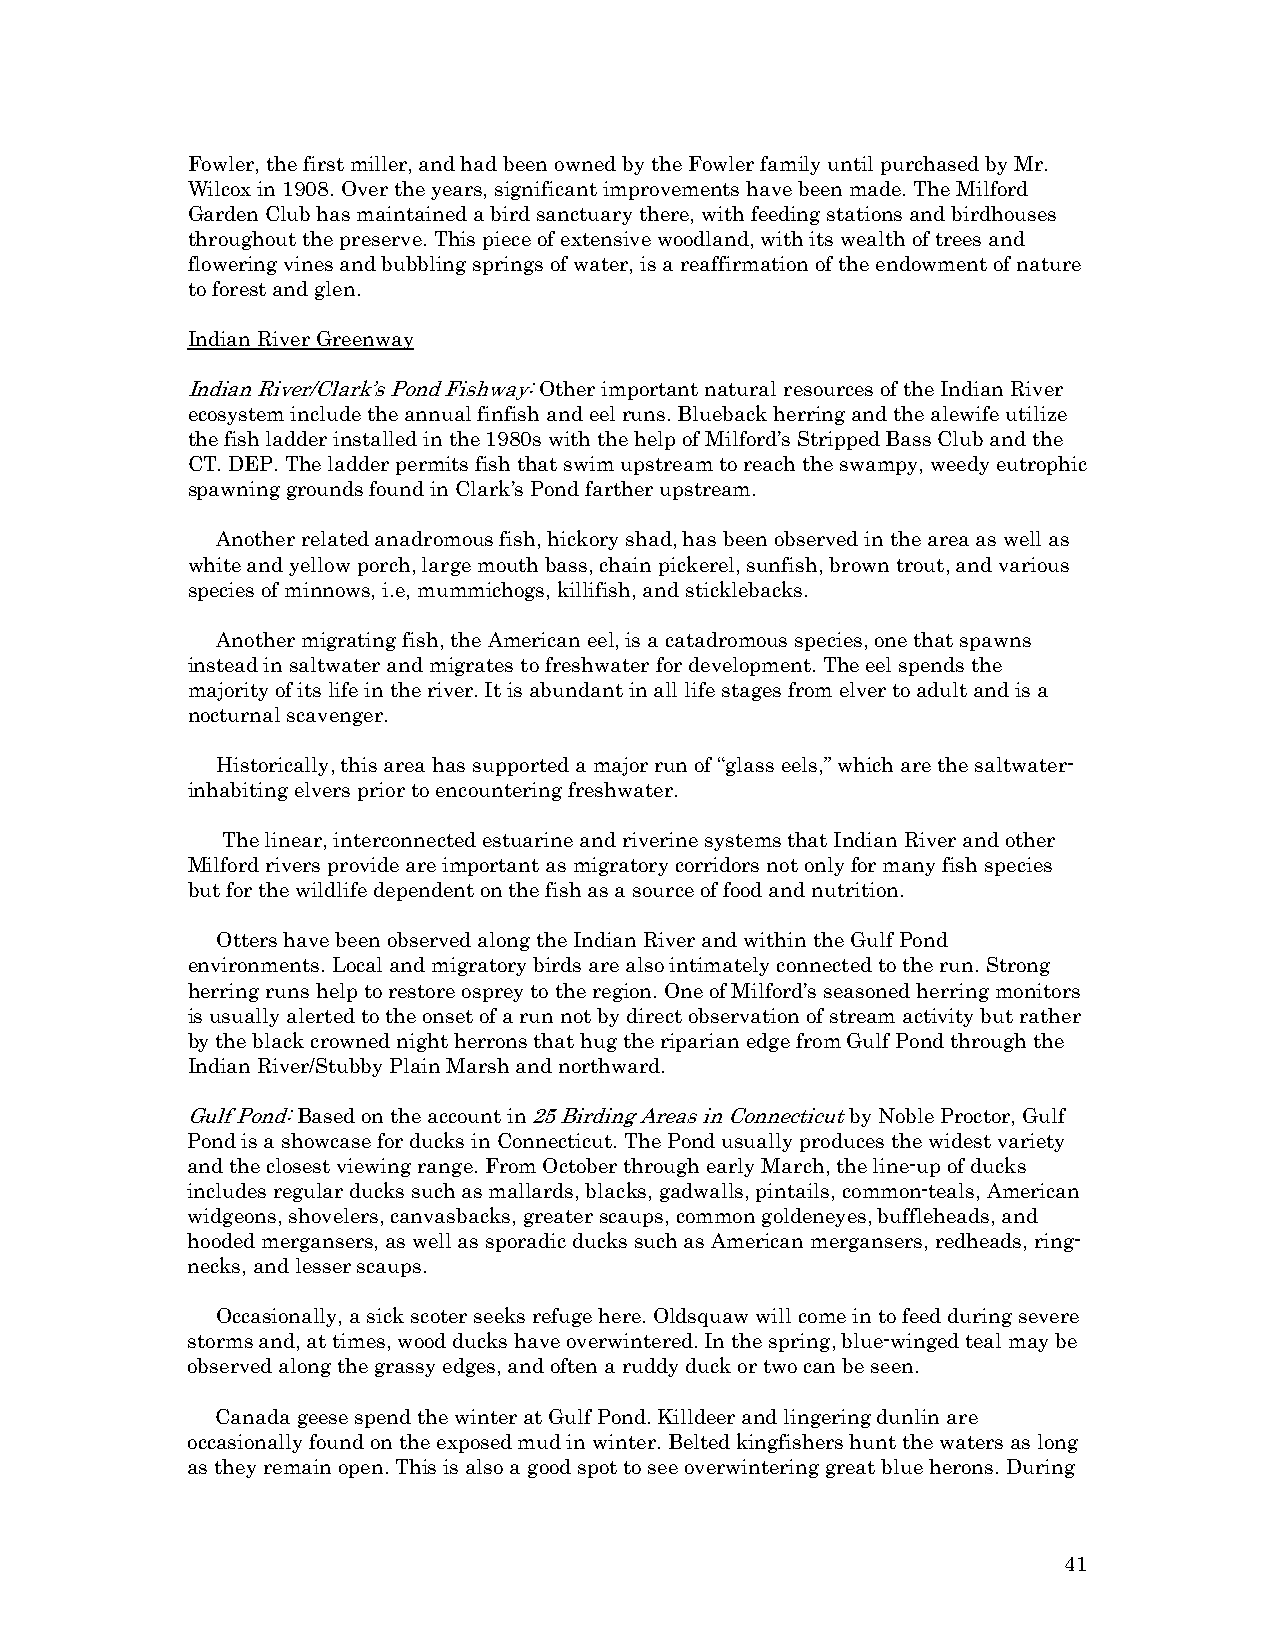
Fowler, the first miller, and had been owned by the Fowler family until purchased by Mr.
 Wilcox in 1908. Over the years, significant improvements have been made. The Milford
 Garden Club has maintained a bird sanctuary there, with feeding stations and birdhouses
 throughout the preserve. This piece of extensive woodland, with its wealth of trees and
 flowering vines and bubbling springs of water, is a reaffirmation of the endowment of nature
 to forest and glen.
 Indian River Greenway
 Indian River/Clark’s Pond Fishway: Other important natural resources of the Indian River
 ecosystem include the annual finfish and eel runs. Blueback herring and the alewife utilize
 the fish ladder installed in the 1980s with the help of Milford’s Stripped Bass Club and the
 CT. DEP. The ladder permits fish that swim upstream to reach the swampy, weedy eutrophic
 spawning grounds found in Clark’s Pond farther upstream.
 Another related anadromous fish, hickory shad, has been observed in the area as well as
 white and yellow porch, large mouth bass, chain pickerel, sunfish, brown trout, and various
 species of minnows, i.e, mummichogs, killifish, and sticklebacks.
 Another migrating fish, the American eel, is a catadromous species, one that spawns
 instead in saltwater and migrates to freshwater for development. The eel spends the
 majority of its life in the river. It is abundant in all life stages from elver to adult and is a
 nocturnal scavenger.
 Historically, this area has supported a major run of “glass eels,” which are the saltwater-
 inhabiting elvers prior to encountering freshwater.
 The linear, interconnected estuarine and riverine systems that Indian River and other
 Milford rivers provide are important as migratory corridors not only for many fish species
 but for the wildlife dependent on the fish as a source of food and nutrition.
 Otters have been observed along the Indian River and within the Gulf Pond
 environments. Local and migratory birds are also intimately connected to the run. Strong
 herring runs help to restore osprey to the region. One of Milford’s seasoned herring monitors
 is usually alerted to the onset of a run not by direct observation of stream activity but rather
 by the black crowned night herrons that hug the riparian edge from Gulf Pond through the
 Indian River/Stubby Plain Marsh and northward.
 Gulf Pond: Based on the account in 25 Birding Areas in Connecticut by Noble Proctor, Gulf
 Pond is a showcase for ducks in Connecticut. The Pond usually produces the widest variety
 and the closest viewing range. From October through early March, the line-up of ducks
 includes regular ducks such as mallards, blacks, gadwalls, pintails, common-teals, American
 widgeons, shovelers, canvasbacks, greater scaups, common goldeneyes, buffleheads, and
 hooded mergansers, as well as sporadic ducks such as American mergansers, redheads, ring-
 necks, and lesser scaups.
 Occasionally, a sick scoter seeks refuge here. Oldsquaw will come in to feed during severe
 storms and, at times, wood ducks have overwintered. In the spring, blue-winged teal may be
 observed along the grassy edges, and often a ruddy duck or two can be seen.
 Canada geese spend the winter at Gulf Pond. Killdeer and lingering dunlin are
 occasionally found on the exposed mud in winter. Belted kingfishers hunt the waters as long
 as they remain open. This is also a good spot to see overwintering great blue herons. During
 41